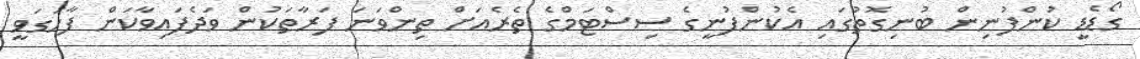
ގޯޑެޑީ ކުންފުނިން ބުނިގޮތުގައި އެކުންފުނީގެ ސިސްޓަމްގެ ތެރެއަށް ތިންވަނަ ފަރާތަކުން ވަދެފައިވާކަން ފާހަގަވީ